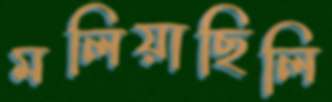
মলিয়াছিলি